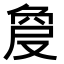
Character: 𠭠